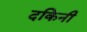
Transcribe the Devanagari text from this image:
दकिनी